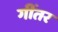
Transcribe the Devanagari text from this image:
गींतर